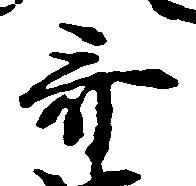
斎